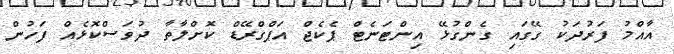
އާއްމު ފަރުދަކު ގޭގައި ގެންގުޅޭ އިންޓަނެޓް ޕެކެޖް އަޕްގްރޭޑް ކޮށްލާތާ ދުވަސްކޮޅެއް ފަހުން